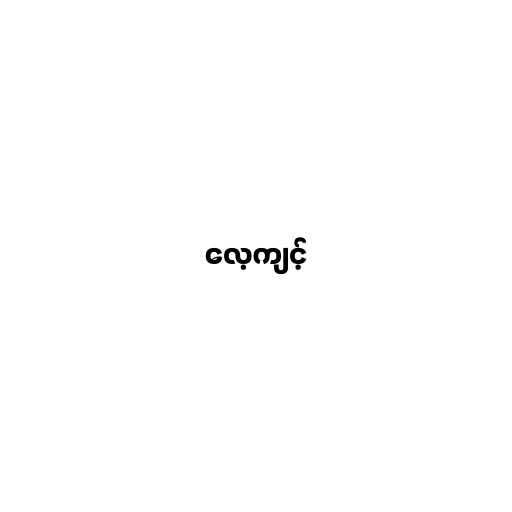
လေ့ကျင့်